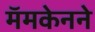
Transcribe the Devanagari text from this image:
मॅमकेनने